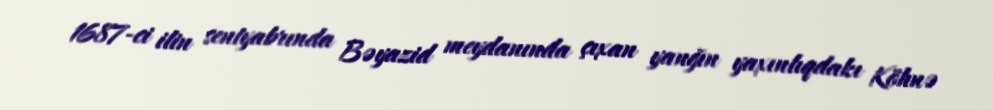
1687-ci ilin sentyabrında Bəyazid meydanında çıxan yanğın yaxınlıqdakı Köhnə